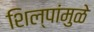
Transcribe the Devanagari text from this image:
शिल्पांमुळे